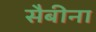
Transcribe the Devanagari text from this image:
सैबीना